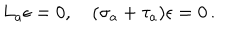
L _ { a } \epsilon = 0 , ( \sigma _ { a } + \tau _ { a } ) \epsilon = 0 \, .